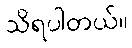
သိရပါတယ်။